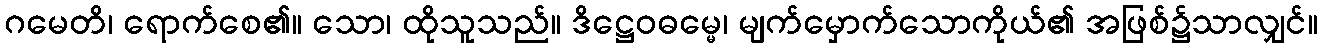
ဂမေတိ၊ ရောက်စေ၏။ သော၊ ထိုသူသည်။ ဒိဋ္ဌေဝဓမ္မေ၊ မျက်မှောက်သောကိုယ်၏ အဖြစ်၌သာလျှင်။